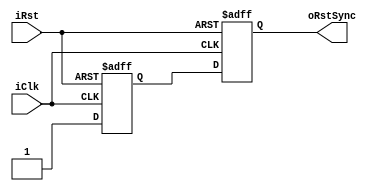
module resetsync(
	output reg oRstSync,
	input iClk, iRst);
	
	reg R1;
	always @(posedge iClk or negedge iRst)
		if(!iRst) begin
			R1 <= 0;
			oRstSync <= 0;
		end
		else begin
			R1 <= 1;
			oRstSync <= R1;
		end
		
endmodule